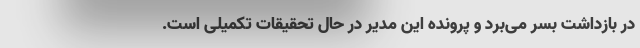
در بازداشت بسر می‌برد و پرونده این مدیر در حال تحقیقات تکمیلی است.